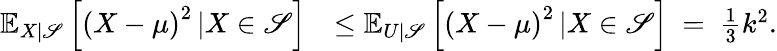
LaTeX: \begin{array}{rl}{{\mathbb{E}}_{X\left\lvert{\mathscr{S}}\right.}\left[{\left(X-\mu\right)}^{2}\left\lvert X\in{\mathscr{S}}\right.\right]}&{\le{\mathbb{E}}_{U\left\lvert{\mathscr{S}}\right.}\left[{\left(X-\mu\right)}^{2}\left\lvert X\in{\mathscr{S}}\right.\right]\ =\ {\frac{1}{3}}k^{2}.}\end{array}